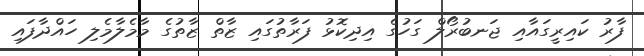
ފާރު ކައިރީގައާއި ޖަނބުރޯލް ގަހުގެ އިދިކޮޅު ފަރާތުގައި ޒާތް ޒާތުގެ މާމެލާމެލި ހައްދާފައި